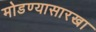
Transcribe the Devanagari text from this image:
मोडण्यासारखा